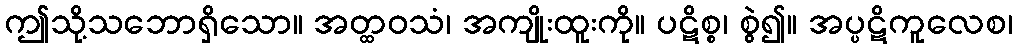
ဤသို့သဘောရှိသော။ အတ္ထဝသံ၊ အကျိုးထူးကို။ ပဋိစ္စ၊ စွဲ၍။ အပ္ပဋိကူလေစ၊